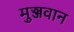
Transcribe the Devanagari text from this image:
मुञ्जवान